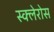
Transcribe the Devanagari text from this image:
स्क्लेरोस